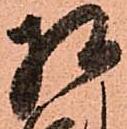
相